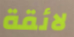
لائقة